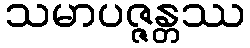
သမာပဇ္ဇန္တဿ